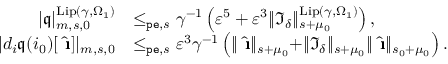
\begin{array} { r l } { | \mathfrak { q } | _ { m , s , 0 } ^ { \mathrm { L i p } ( \gamma , \Omega _ { 1 } ) } } & { \le _ { \mathtt { p e } , s } \gamma ^ { - 1 } \left( \varepsilon ^ { 5 } + \varepsilon ^ { 3 } \rVert \mathfrak { I } _ { \delta } \rVert _ { s + \mu _ { 0 } } ^ { \mathrm { L i p } ( \gamma , \Omega _ { 1 } ) } \right) , } \\ { | d _ { i } \mathfrak { q } ( i _ { 0 } ) [ \hat { \textbf { \i } } ] | _ { m , s , 0 } } & { \le _ { \mathtt { p e } , s } \varepsilon ^ { 3 } \gamma ^ { - 1 } \left( \rVert \hat { \textbf { \i } } \rVert _ { s + \mu _ { 0 } } + \rVert \mathfrak { I } _ { \delta } \rVert _ { s + \mu _ { 0 } } \rVert \hat { \textbf { \i } } \rVert _ { s _ { 0 } + \mu _ { 0 } } \right) . } \end{array}